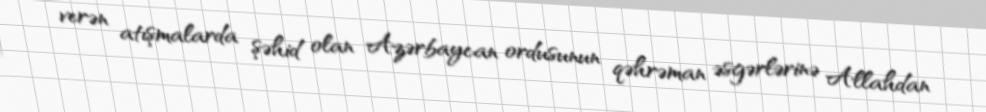
verən atışmalarda şəhid olan Azərbaycan ordusunun qəhrəman əsgərlərinə Allahdan